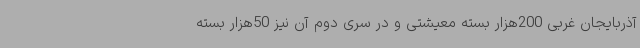
آذربایجان غربی 200هزار بسته معیشتی و در سری دوم آن نیز 50هزار بسته